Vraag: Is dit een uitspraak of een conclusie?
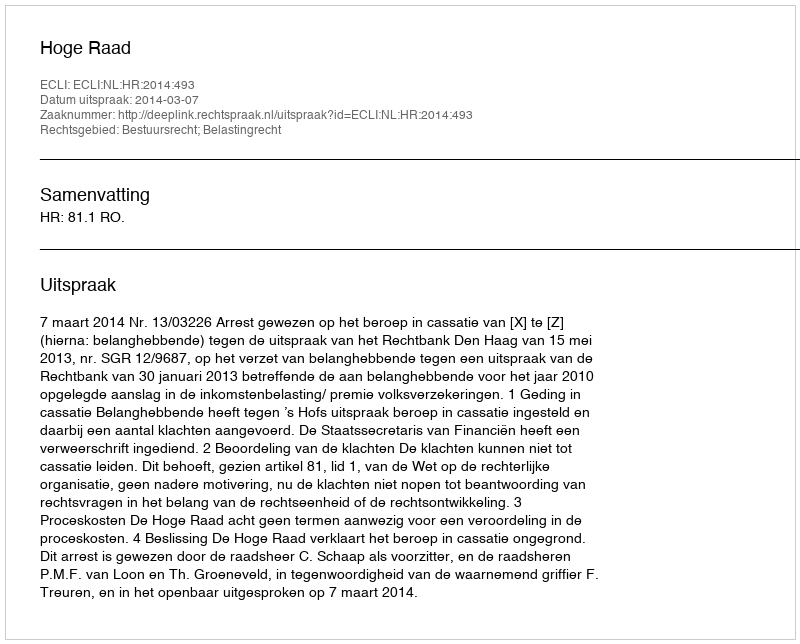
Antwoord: Uitspraak